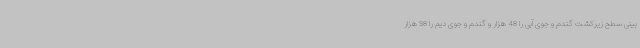
بینی سطح زیرکشت گندم و جوی آبی را 48 هزار و گندم و جوی دیم را 98 هزار